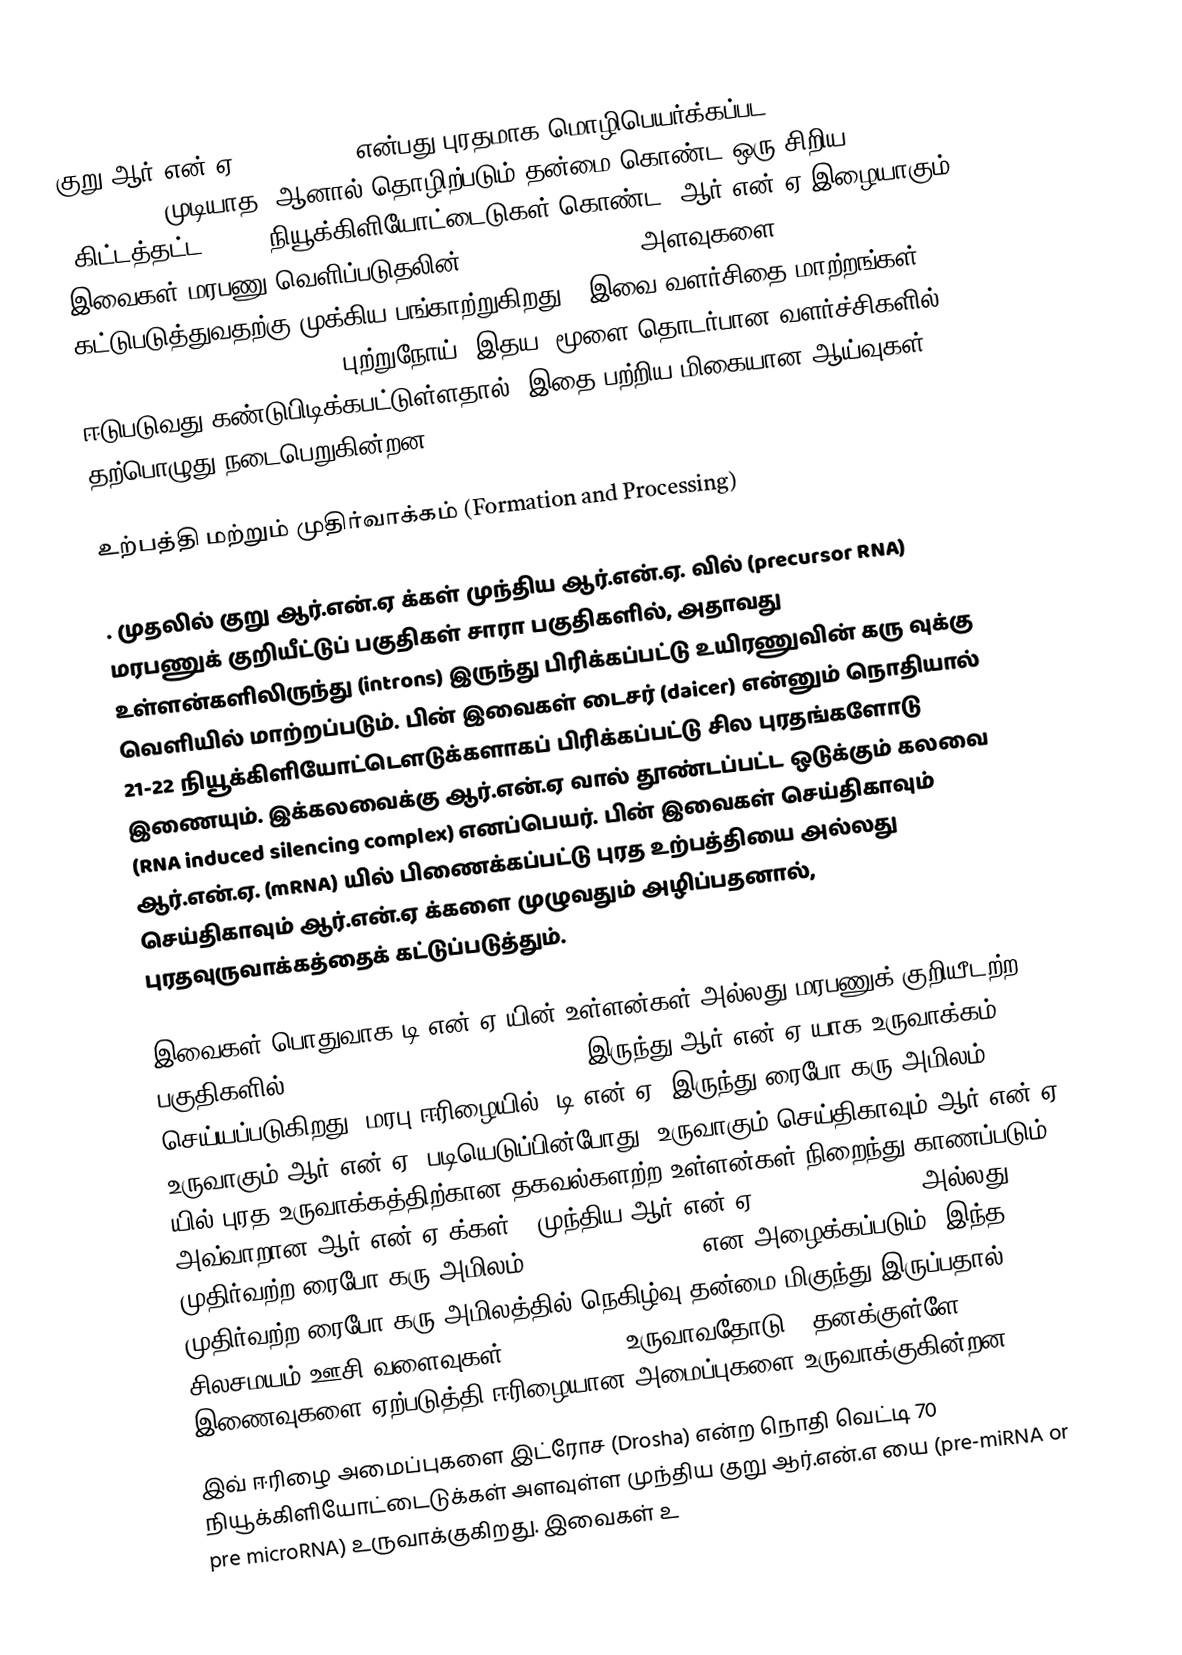
குறு ஆர்.என்.ஏ (Micro RNA) என்பது புரதமாக மொழிபெயர்க்கப்பட (:en:Translation (Biology)) முடியாத, ஆனால் தொழிற்படும் தன்மை கொண்ட ஒரு சிறிய (கிட்டத்தட்ட 21-22 நியூக்கிளியோட்டைடுகள் கொண்ட) ஆர்.என்.ஏ இழையாகும். இவைகள் மரபணு வெளிப்படுதலின் (gene expression) அளவுகளை கட்டுபடுத்துவதற்கு முக்கிய பங்காற்றுகிறது . இவை வளர்சிதை மாற்றங்கள் (developmental regulation), புற்றுநோய், இதய, மூளை தொடர்பான வளர்ச்சிகளில் ஈடுபடுவது கண்டுபிடிக்கபட்டுள்ளதால், இதை பற்றிய மிகையான ஆய்வுகள் தற்பொழுது நடைபெறுகின்றன.

உற்பத்தி மற்றும் முதிர்வாக்கம் (Formation and Processing)

. முதலில் குறு ஆர்.என்.ஏ க்கள் முந்திய ஆர்.என்.ஏ. வில் (precursor RNA) மரபணுக் குறியீட்டுப் பகுதிகள் சாரா பகுதிகளில், அதாவது உள்ளன்களிலிருந்து (introns) இருந்து பிரிக்கப்பட்டு உயிரணுவின் கரு வுக்கு வெளியில் மாற்றப்படும். பின் இவைகள் டைசர் (daicer) என்னும் நொதியால் 21-22 நியூக்கிளியோட்டௌடுக்களாகப் பிரிக்கப்பட்டு சில புரதங்களோடு இணையும். இக்கலவைக்கு ஆர்.என்.ஏ வால் தூண்டப்பட்ட ஒடுக்கும் கலவை (RNA induced silencing complex) எனப்பெயர். பின் இவைகள் செய்திகாவும் ஆர்.என்.ஏ. (mRNA) யில் பிணைக்கப்பட்டு புரத உற்பத்தியை அல்லது செய்திகாவும் ஆர்.என்.ஏ க்களை முழுவதும் அழிப்பதனால், புரதவுருவாக்கத்தைக் கட்டுப்படுத்தும்.

இவைகள் பொதுவாக டி.என்.ஏ யின் உள்ளன்கள் அல்லது மரபணுக் குறியீடற்ற பகுதிகளில் (non-coding region or introns) இருந்து ஆர்.என்.ஏ யாக உருவாக்கம் செய்யப்படுகிறது. மரபு ஈரிழையில் (டி.என்.ஏ) இருந்து ரைபோ கரு அமிலம் உருவாகும் ஆர்.என்.ஏ. படியெடுப்பின்போது, உருவாகும் செய்திகாவும் ஆர்.என்.ஏ யில்  புரத உருவாக்கத்திற்கான தகவல்களற்ற உள்ளன்கள் நிறைந்து காணப்படும். அவ்வாறான ஆர்.என்.ஏ க்கள், "முந்திய ஆர்.என்.ஏ" (precursor RNA) அல்லது முதிர்வற்ற ரைபோ கரு அமிலம் (non-matured RNA) என அழைக்கப்படும்.  இந்த முதிர்வற்ற ரைபோ கரு அமிலத்தில் நெகிழ்வு தன்மை மிகுந்து இருப்பதால், சிலசமயம் ஊசி-வளைவுகள் (stem-loop) உருவாவதோடு , தனக்குள்ளே இணைவுகளை ஏற்படுத்தி ஈரிழையான அமைப்புகளை உருவாக்குகின்றன.
இவ் ஈரிழை அமைப்புகளை இட்ரோச (Drosha) என்ற நொதி வெட்டி 70 நியூக்கிளியோட்டைடுக்கள் அளவுள்ள முந்திய குறு ஆர்.என்.எ யை (pre-miRNA or pre microRNA) உருவாக்குகிறது. இவைகள் உ